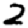
Digit: 2